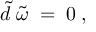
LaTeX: \widetilde { d } \; \widetilde { \omega } \; = \; 0 \; ,